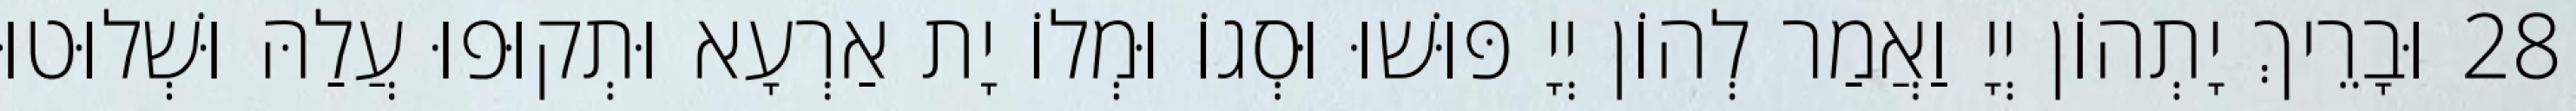
28 וּבָרֵיךְ יָתְהוֹן יְיָ וַאֲמַר לְהוֹן יְיָ פּוּשׁוּ וּסְגוֹ וּמְלוֹ יָת אַרְעָא וּתְקוּפוּ עֲלַהּ וּשְׁלוּטוּ